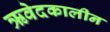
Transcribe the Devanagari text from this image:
ऋवेदकालीन